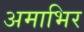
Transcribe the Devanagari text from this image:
अमाभिर